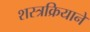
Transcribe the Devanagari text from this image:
शस्त्रक्रियाने